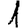
Digit: 1